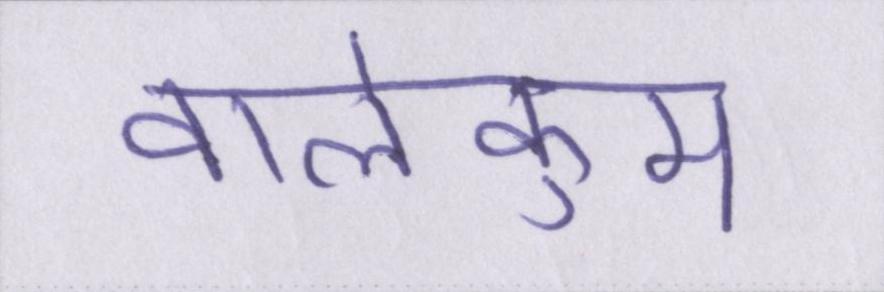
वालेकुम